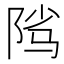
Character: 𱀑